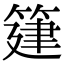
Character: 𥯦